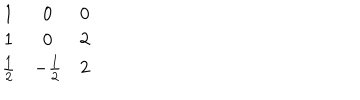
\begin{matrix} { { 1 } } & { { 0 } } & { { 0 } } \\ { { 1 } } & { { 0 } } & { { 2 } } \\ { { { \frac { 1 } { 2 } } } } & { { - { \frac { 1 } { 2 } } } } & { { { 2 } } } \\ \end{matrix}